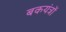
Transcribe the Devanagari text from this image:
बकयंत्रों